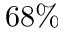
6 8 \%